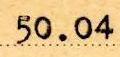
50.04